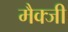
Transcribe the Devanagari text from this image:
मैक्जी